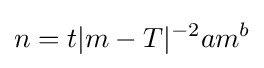
n=t|m-T|^{-2}am^{b}